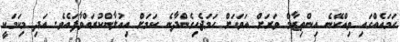
ހަމައެއްގައި ވިއްކޭނެ އިންތިޒާމް ވަރަށް އަވަހަށް ހަމަޖެހިގެންދާނެ ކަމަށް އިއުލާންކުރައްވާފައެވެ. އަދި މިކަމަކީ